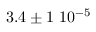
3 . 4 \pm 1 ~ 1 0 ^ { - 5 }